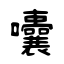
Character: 囔